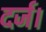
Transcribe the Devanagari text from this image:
दर्ज।